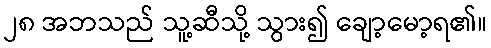
၂၈ အဘသည် သူ့ဆီသို့ သွား၍ ချော့မော့ရ၏။